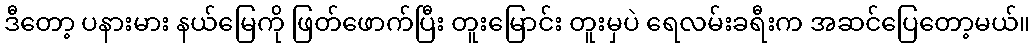
ဒီတော့ ပနားမား နယ်မြေကို ဖြတ်ဖောက်ပြီး တူးမြောင်း တူးမှပဲ ရေလမ်းခရီးက အဆင်ပြေတော့မယ်။